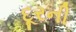
દૂરની